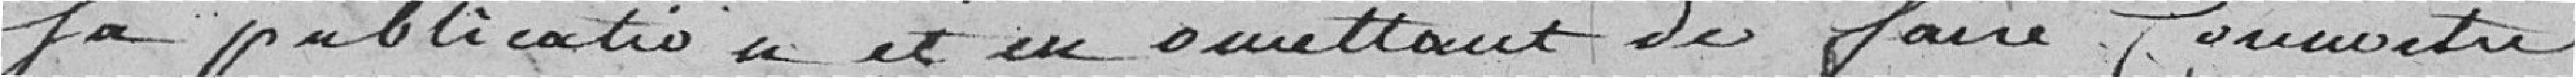
sa publication et en omettant de faire connaître